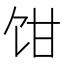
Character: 𩠁